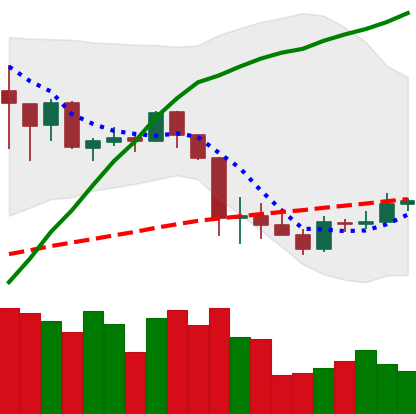
Ticker: ADA-USD
Chart end date: 2020-03-06
Forward return: -22.934%
Label: down_7plus